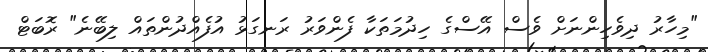
"މިހާރު ދިވެހިންނަށް ވެސް އޭސްގެ ހިދުމަތަކާ ފެންވަރު ރަނގަޅު އުފެއްދުންތައް ލިބޭނެ" ރޮބަޓް